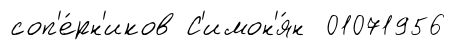
соп'е́рн'иков С'имон'я́н 01071956